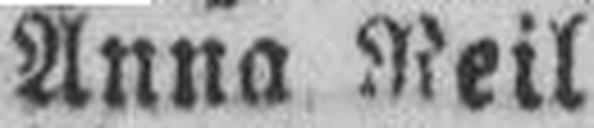
Anna Neil